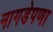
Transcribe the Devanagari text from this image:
नागडेपणा